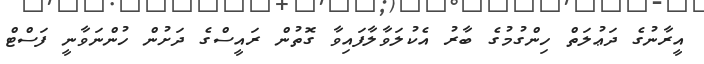
އީރާނުގެ ދަޢުލަތް ހިންގުމުގެ ބާރު އެކުލަވާލާފައިވާ ގޮތުން ރައީސްގެ ދަށުން ހުންނަވާނީ ފަސްޓް